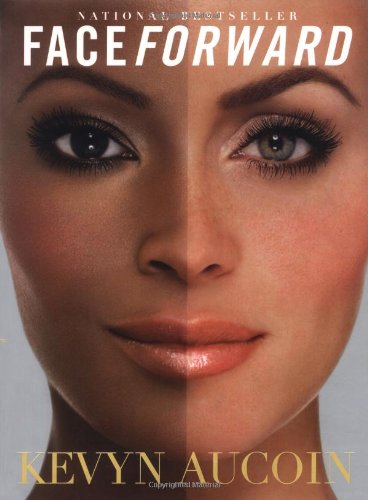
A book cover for Face Forward; Kevyn Aucoin; Health, Fitness & Dieting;